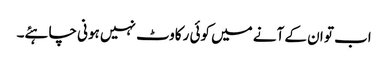
اب تو ان کے آنے میں کوئی رکاوٹ نہیں ہونی چاہئے۔